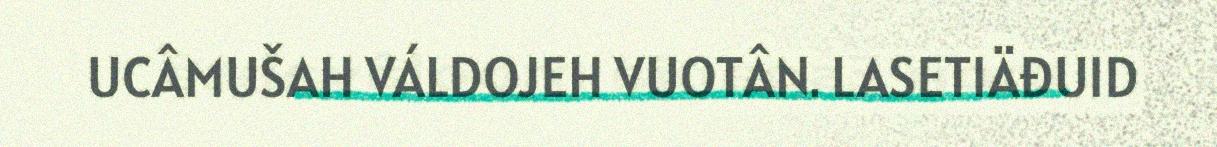
UCÂMUŠAH VÁLDOJEH VUOTÂN. LASETIÄĐUID